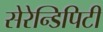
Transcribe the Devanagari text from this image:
सेरेन्डिपिटी